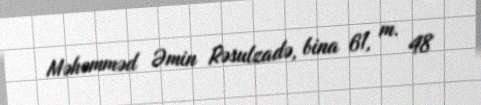
Məhəmməd Əmin Rəsulzadə, bina 61, m. 48